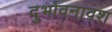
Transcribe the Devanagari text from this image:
दुर्भावनावश